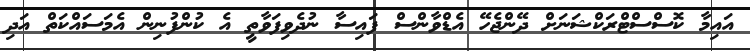
އައިމާ ކޮސްސްޓްރަކްޝަނަށް ދޭންޖެހޭ އެޑްވާންސް ފައިސާ ނުދެވިފަވާތީ އެ ކުންފުނިން އެމަސައްކަތް އަދި